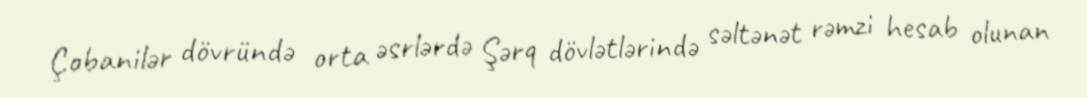
Çobanilər dövründə orta əsrlərdə Şərq dövlətlərində səltənət rəmzi hesab olunan